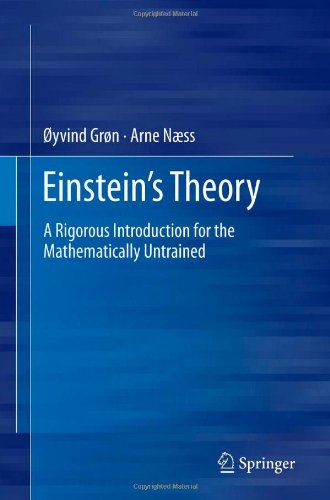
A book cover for Einstein's Theory: A Rigorous Introduction for the Mathematically Untrained; Oyvind Gron; Science & Math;